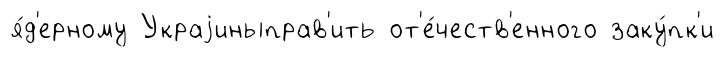
я́д'ерному Украjиныправ'ить от'е́честв'енного заку́пк'и